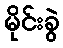
မိုင်းခွဲ